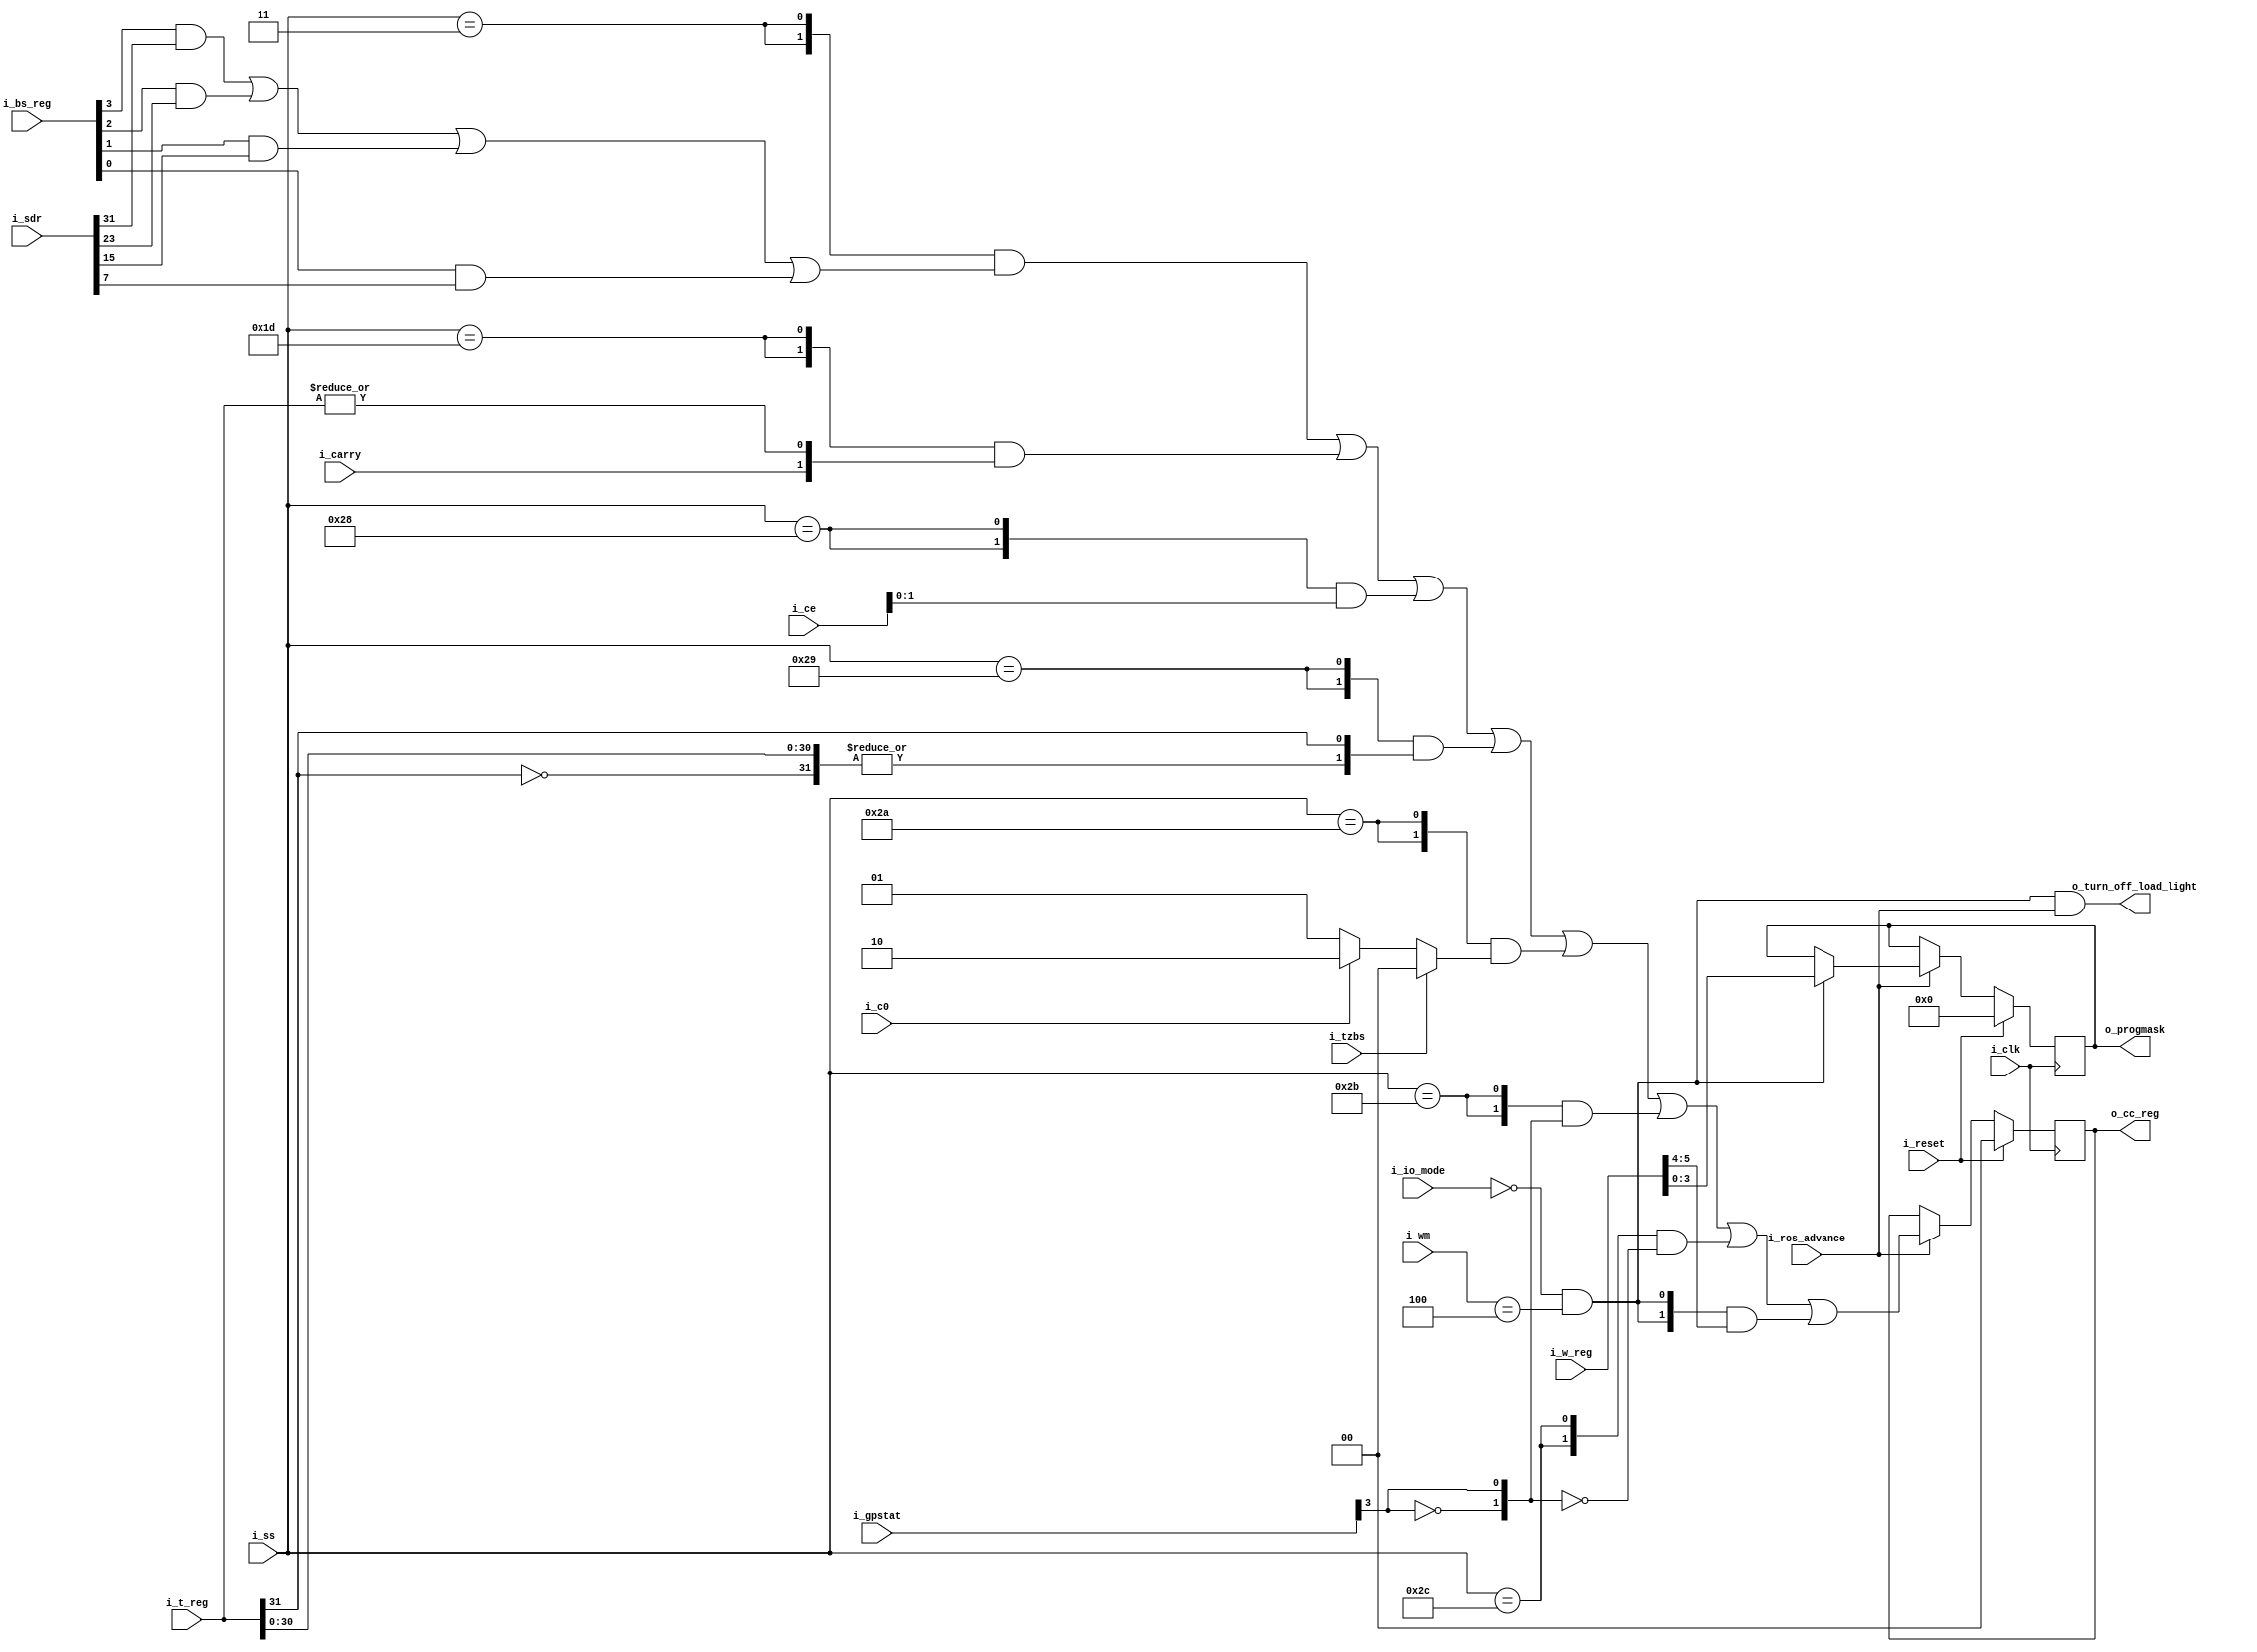
`default_nettype   none
// 2050 condition code register
// 2050 Control Field Specification
// CFC 105 - 2050 control field specification - cpu mode (ss)
// [pdf page 12]

module x2050cc (i_clk, i_reset,
i_ros_advance,
i_io_mode,
i_ce,
i_ss,
i_wm,
i_w_reg,
i_bs_reg,
i_t_reg,
i_sdr,
i_carry,
i_c0,
i_gpstat,
i_tzbs,
o_cc_reg,
o_progmask,
o_turn_off_load_light);

input wire i_clk;
input wire i_reset;
input wire i_ros_advance;
input wire i_io_mode;
input wire [3:0] i_ce;
input wire [5:0] i_ss;
input wire [3:0] i_wm;
input wire [7:0] i_w_reg;
input wire [3:0] i_bs_reg;
input wire [31:0] i_t_reg;
input wire [31:0] i_sdr;
input wire i_carry;
input wire i_c0;
input wire [7:0] i_gpstat;
input wire i_tzbs;
output reg [1:0] o_cc_reg;
output reg [3:0] o_progmask;
output wire o_turn_off_load_light;

// cc register: rp011, rp012
// prog mask: rp001

wire tnz = |i_t_reg;

wire [1:0] crlog = i_tzbs ? 2'd0 : ~i_c0 ? 2'd1 : 2'd2;
wire [1:0] crs4 = {~i_gpstat[7-4], i_gpstat[7-4]};

wire [1:0] test_set_cc = {1'b0, i_bs_reg[3-0] & i_sdr[31-0]
	| i_bs_reg[3-1] & i_sdr[23-0]
	| i_bs_reg[3-2] & i_sdr[15-0]
	| i_bs_reg[3-3] & i_sdr[7-0]};
wire [1:0] cc_ss = {2{i_ss == 6'd3}} & test_set_cc
	| {2{i_ss == 6'd29}} & {i_carry, tnz}
	| {2{i_ss == 6'd40}} & i_ce[3-2:3-3]
	| {2{i_ss == 6'd41}} & {|{~i_t_reg[31-0],i_t_reg[31-1:31-31]},i_t_reg[31-0]}
	| {2{i_ss == 6'd42}} & crlog
	| {2{i_ss == 6'd43}} & crs4
	| {2{i_ss == 6'd44}} & ~crs4
// XXX need to carry old cc if not any of these
	;
wire wm4 = ~i_io_mode & (i_wm == 4'd4);
assign o_turn_off_load_light = wm4 & i_ros_advance;
wire [1:0] cc_wm = {2{wm4}} & i_w_reg[7-2:7-3];

always @(posedge i_clk)
	if (i_reset)
		o_cc_reg <= 0;
	else if (!i_ros_advance)
		;
	else o_cc_reg <= cc_ss | cc_wm;
always @(posedge i_clk)
	if (i_reset)
		o_progmask <= 0;
	else if (!i_ros_advance)
		;
	else if (wm4)
		o_progmask <= i_w_reg[3:0];
endmodule